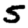
Digit: 5